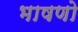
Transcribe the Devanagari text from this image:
भाषणो